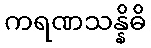
ကရဏသန္နိဓိ